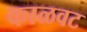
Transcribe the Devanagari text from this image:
काळवट